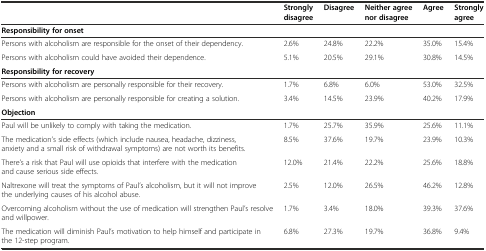
|  | Strongly disagree | Disagree | Neither agree nor disagree | Agree | Strongly agree |
 | --- | --- | --- | --- | --- | --- |
 | Responsibility for onset |  |  |  |  |  |
 | Persons with alcoholism are responsible for the onset of their dependency. | 2.6% | 24.8% | 22.2% | 35.0% | 15.4% |
 | Persons with alcoholism could have avoided their dependence. | 5.1% | 20.5% | 29.1% | 30.8% | 14.5% |
 | Responsibility for recovery |  |  |  |  |  |
 | Persons with alcoholism are personally responsible for their recovery. | 1.7% | 6.8% | 6.0% | 53.0% | 32.5% |
 | Persons with alcoholism are personally responsible for creating a solution. | 3.4% | 14.5% | 23.9% | 40.2% | 17.9% |
 | Objection |  |  |  |  |  |
 | Paul will be unlikely to comply with taking the medication. | 1.7% | 25.7% | 35.9% | 25.6% | 11.1% |
 | The medication’s side effects (which include nausea, headache, dizziness, anxiety and a small risk of withdrawal symptoms) are not worth its benefits. | 8.5% | 37.6% | 19.7% | 23.9% | 10.3% |
 | There’s a risk that Paul will use opioids that interfere with the medication and cause serious side effects. | 12.0% | 21.4% | 22.2% | 25.6% | 18.8% |
 | Naltrexone will treat the symptoms of Paul’s alcoholism, but it will not improve the underlying causes of his alcohol abuse. | 2.5% | 12.0% | 26.5% | 46.2% | 12.8% |
 | Overcoming alcoholism without the use of medication will strengthen Paul’s resolve and willpower. | 1.7% | 3.4% | 18.0% | 39.3% | 37.6% |
 | The medication will diminish Paul’s motivation to help himself and participate in the 12-step program. | 6.8% | 27.3% | 19.7% | 36.8% | 9.4% |